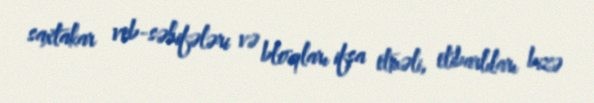
saxtakar veb-səhifələri və bloqları ifşa etməli, etibarlıları bizə